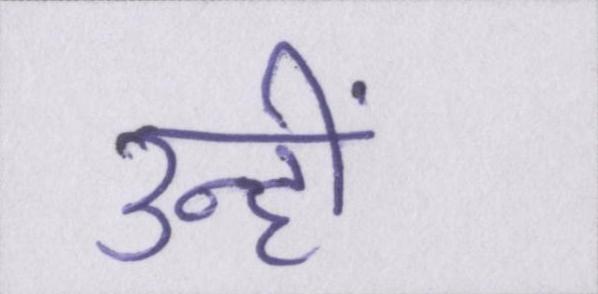
उन्हीं